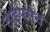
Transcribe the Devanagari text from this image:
टाईपसेट